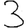
Digit: 3